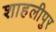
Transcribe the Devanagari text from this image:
शाहलीपुर